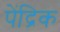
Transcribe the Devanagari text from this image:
पेंद्रिक